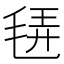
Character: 𣭿